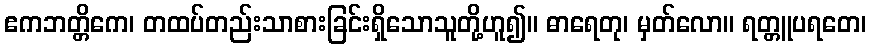
ဧကဘတ္တိကေ၊ တထပ်တည်းသာစားခြင်းရှိသောသူတို့ဟူ၍။ ဓာရေတု၊ မှတ်လော။ ရတ္တူပရတေ၊